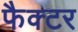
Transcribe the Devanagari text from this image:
फैक्‍टर